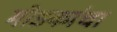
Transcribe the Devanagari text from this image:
मोडकांचा